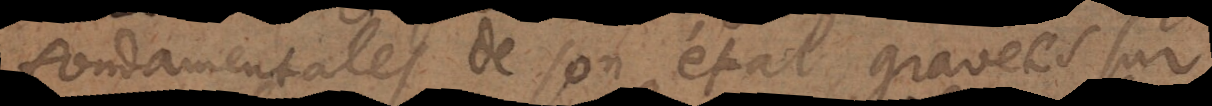
fondamentales de son état, gravées sur